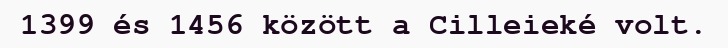
1399 és 1456 között a Cilleieké volt.